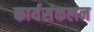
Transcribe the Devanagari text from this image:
कार्यसंकलन